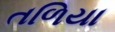
તળિયા